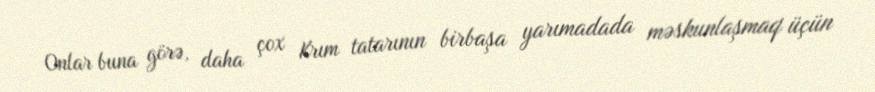
Onlar buna görə, daha çox Krım tatarının birbaşa yarımadada məskunlaşmaq üçün